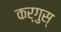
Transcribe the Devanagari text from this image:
कर्गुस्